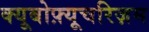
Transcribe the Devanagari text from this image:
क्यूबोफ़्यूचरिज़म